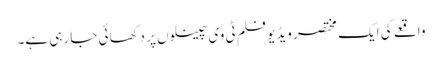
واقعے کی ایک مختصر ویڈیو فلم ٹی وی چینلوں پر دکھائی جا رہی ہے۔